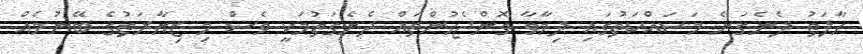
ހާލަތު ދެނެގަނެ މަސައްކަތުގައި ދިމާވާ ގޮންޖެހުންތައް ދެނެގަތުމަކީ ވެސް މި ޒިޔާރަތުގެ ބޭނުމެއް